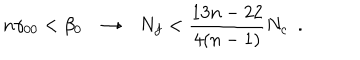
n \gamma _ { 0 0 } < \beta _ { 0 } \to N _ { f } < { \frac { 1 3 n - 2 2 } { 4 ( n - 1 ) } } N _ { c } ~ ~ .